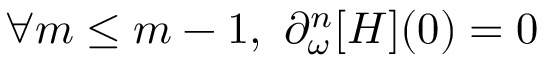
\forall m \leq m - 1 , ~ \partial _ { \omega } ^ { n } [ H ] ( 0 ) = 0